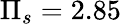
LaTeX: \Pi_{s}=2.85